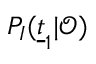
P _ { I } ( \underline { { t } } _ { 1 } | \mathcal { O } )